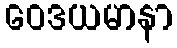
ဝေဒယမာနာ